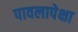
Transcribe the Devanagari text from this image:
पावलापेक्षा